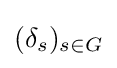
(\delta _{s})_{s\in G}